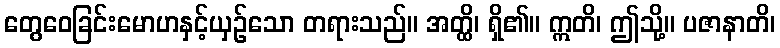
တွေဝေခြင်းမောဟနှင့်ယှဉ်သော တရားသည်။ အတ္ထိ၊ ရှိ၏။ ဣတိ၊ ဤသို့။ ပဇာနာတိ၊